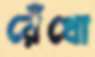
রেঁধো